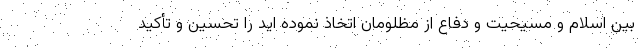
بین اسلام و مسیحیت و دفاع از مظلومان اتخاذ نموده اید را تحسین و تأکید